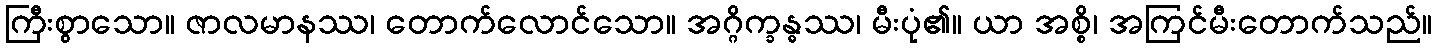
ကြီးစွာသော။ ဇာလမာနဿ၊ တောက်လောင်သော။ အဂ္ဂိက္ခန္ဓဿ၊ မီးပုံ၏။ ယာ အစ္စိ၊ အကြင်မီးတောက်သည်။